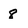
Character: 8